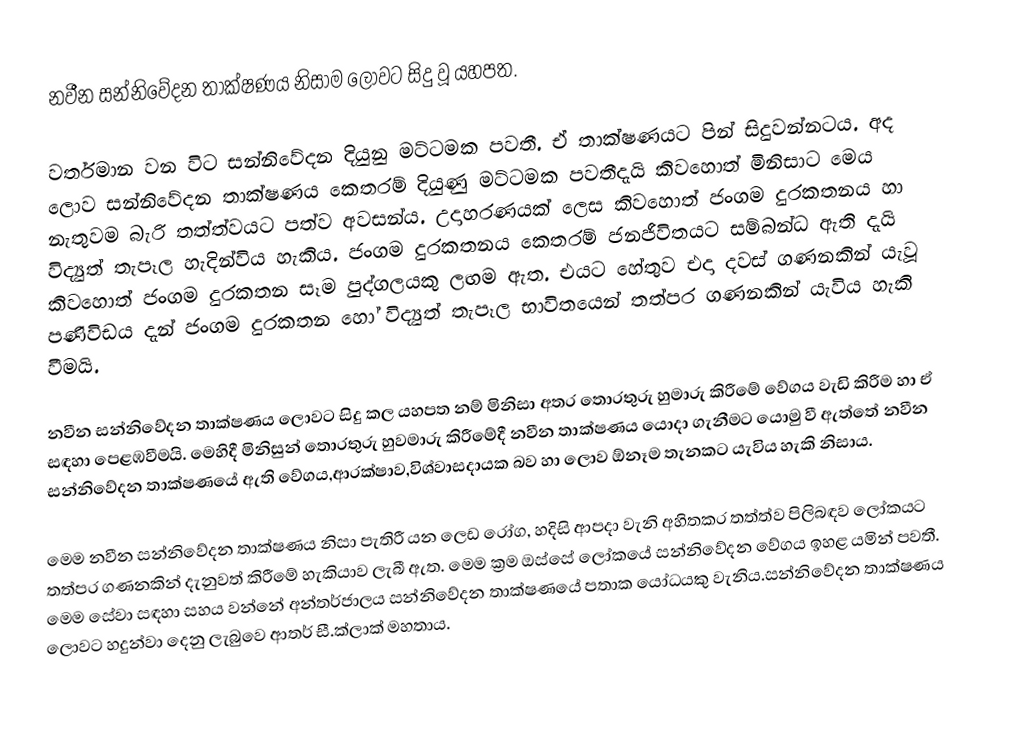
නවීන සන්නිවේදන තාක්ෂණය නිසාම ලොවට සිදු වූ යහපත.

වර්තමාන වන විට සන්නිවේදන දියුනු මට්ටමක පවතී. ඒ තාක්ෂණයට පින් සිදුවන්නටය. අද ලොව සන්නිවේදන තාක්ෂණය කෙතරම් දියුණු මට්ටමක පවතීදැයි කිවහොත් මිනිසාට මෙය නැතුවම බැරි තත්ත්වයට පත්ව අවසන්ය. උදාහරණයක් ලෙස කිවහොත් ජංගම දුරකතනය හා විද්‍යුත් තැපෑල හැදින්විය හැකිය. ජංගම දුරකතනය කෙතරම් ජනජීවිතයට සම්බන්ධ ඇති දැයි කිවහොත් ජංගම දුරකතන සෑම පුද්ගලයකු ලඟම ඇත. එයට හේතුව එදා දවස් ගණනකින් යැවූ පණිවිඩය දැන් ජංගම දුරකතන හෝ විද්‍යුත් තැපෑල භාවිතයෙන් තත්පර ගණනකින් යැවිය හැකි වීමයි.

නවීන සන්නිවේදන තාක්ෂණය ලොවට සිදු කල යහපත නම් මිනිසා අතර තොරතුරු  හුමාරු කිරීමේ වේගය වැඩි කිරීම හා ඒ සඳහා පෙළඹවීමයි. මෙහිදී මිනිසුන් තොරතුරු හුවමාරු කිරීමේදී නවීන තාක්ෂණය යොදා ගැනීමට යොමු වී ඇත්තේ නවීන සන්නිවේදන තාක්ෂණයේ ඇති වේගය,ආරක්ෂාව,විශ්වාසදායක බව හා ලොව ඕනෑම තැනකට යැවිය හැකි නිසාය.

මෙම නවීන සන්නිවේදන තාක්ෂණය නිසා පැතිරී යන ලෙඩ රෝග, හදිසි ආපදා වැනි අහිතකර තත්ත්ව පිලිබඳව ලෝකයට තත්පර ගණනකින් දැනුවත් කිරීමේ හැකියාව ලැබී ඇත. මෙම ක්‍රම ඔස්සේ ලෝකයේ සන්නිවේදන වේගය ඉහළ යමින් පවතී. මෙම සේවා සඳහා සහය වන්නේ අන්තර්ජාලය සන්නිවේදන තාක්ෂණයේ පතාක යෝධයකු වැනිය.සන්නිවේදන තාක්ෂණය ලොවට හදුන්වා දෙනු ලැබුවෙ ආතර් සී.ක්ලාක් මහතාය.